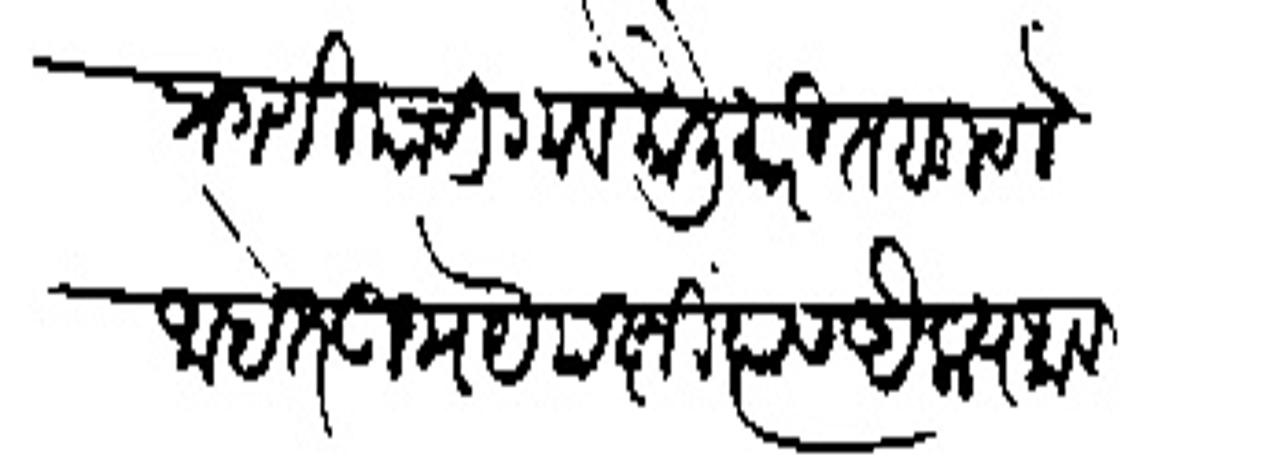
Transliteration (Devanagari): प्रगणीयाची गावें कौली मारित सुटले आहेत उभयेपक्षी त्यास ऐक्यभाव